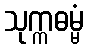
သုက္ကဓမ္မံ